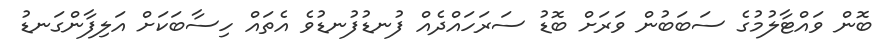
ބޮން ވައްޓާލުމުގެ ސަބަބުން ވަރަށް ބޮޑު ސަރަހައްދެއް ފުނޑުފުނޑުވެ އެތައް ހިސާބަކަށް އަލިފާންގަނޑު